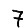
Digit: 7